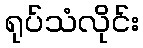
ရုပ်သံလိုင်း